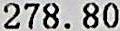
278.80